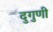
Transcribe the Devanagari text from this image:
दुगुणी